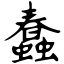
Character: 蠢